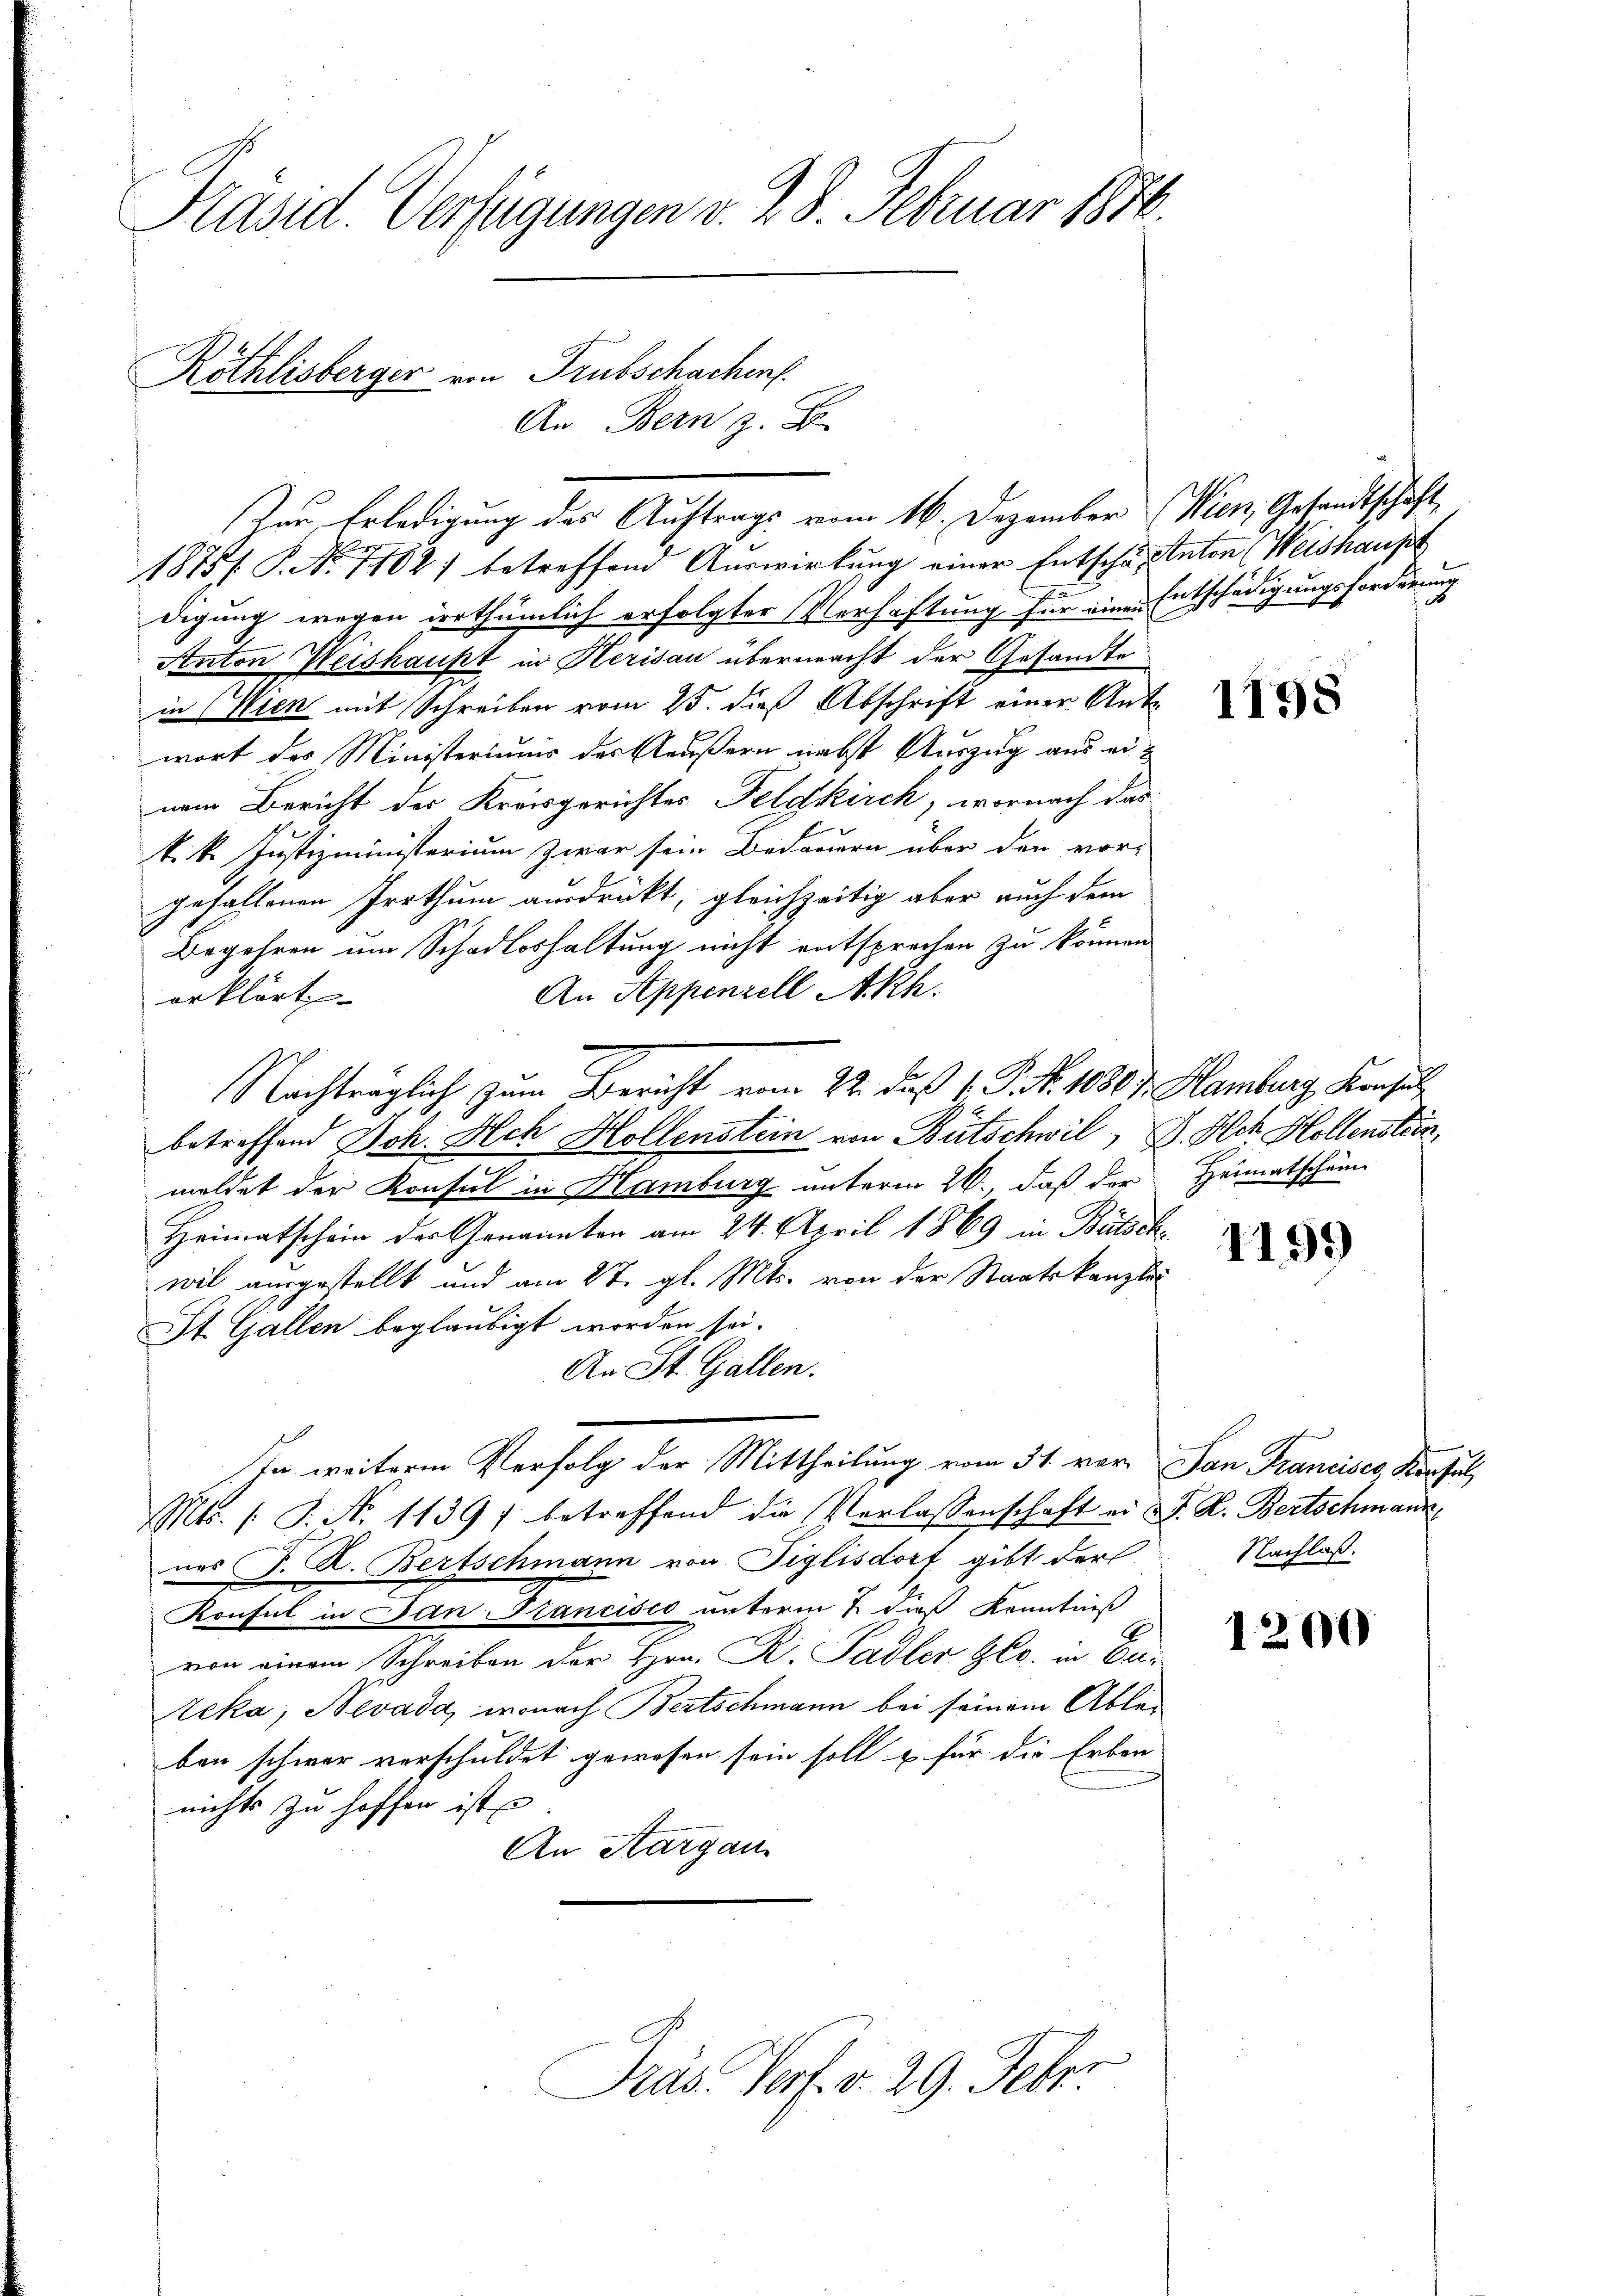
Präsid. Verfügungen v. 28. Februar 1876.
Röthlisberger von Trubschachen.
An Bern z. B.

Zur Erledigung des Auftrags vom 16. Dezember (Wien, Gesandtschaft

1875. P. Nr. 1102) betreffend Auswirkung einer Entschäfteten Weishaupt
digung wegen irrthümlich erfolgter Verhaftung für einen Entschädigungsforderung
Anton Weishaupt in Herisau übermacht der Gesandte
in Wien mit Schreiben vom 25. dieß Abschrift einer Antr
wort des Ministeriums der Aeußern nebst Auszug aus einem Bericht des Kreisgerichtes Feldkirch, wornach das
k. k. Justizministerium zwar sein Bedauern über den vor-
gefallenen Irrthum ausdrückt, gleichzeitig aber auch dem
Begehren um Schadloshaltung nicht entsprechen zu können
An Appenzell Akh.
erklärt
Nachträglich zum Bericht vom 22. daß 1. P. N. 1130 f. Hamburg, Konsul
betreffend Joh. Ach Hollenstein von Bütschwil, G. Jch Hollenstein,
meldet der Konsul in Hamburg unterm 26., daß der
Heimatschein der Genannten am 24. April 1869 in Bütschwil ausgestellt und am 27. gl. Mts. von der Staatskanzlei
St. Gallen beglaubigt worden sei.
An St. Gallen.
In weitere Verfolg der Mittheilung vom 31. vor. San Francises, Konsul,
Mts. s. S. N. 11397 betreffend die Verlassenschaft er d. R. Bertschmann
nes P. R. Bertschmann von Figlisdorf gibt der
Konsul in San Francisco unterm 7. dieß Kenntniß
von einem Schreiben der Hrn. R. Padler Ges. in Eur
Reka; Nevada, wonach Bertschmann bei seinem Ableben schwer verschuldet gewesen sein soll u für die Erben
nichts zu hoffen ist
An Aargau

Präs. Verf. v. 29. Febr.

e

Heimatschein

1199

Nachlaß.

1200